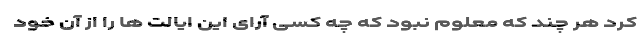
کرد هر چند که معلوم نبود که چه کسی آرای این ایالت ها را از آن خود